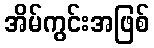
အိမ်ကွင်းအဖြစ်